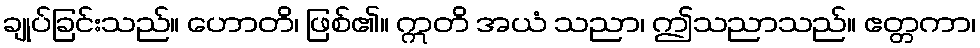
ချုပ်ခြင်းသည်။ ဟောတိ၊ ဖြစ်၏။ ဣတိ အယံ သညာ၊ ဤသညာသည်။ ဧတ္တကာ၊